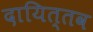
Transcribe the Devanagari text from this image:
दायित्तव